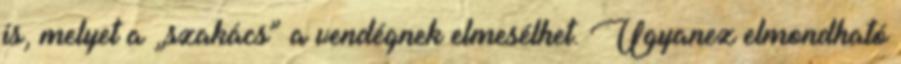
is, melyet a „szakács” a vendégnek elmesélhet. Ugyanez elmondható